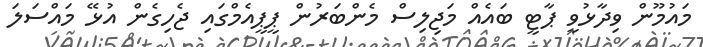
މައުމޫން ވިދާޅުވީ ޕާޓީ ބައެއް މަޖިލިސް މެންބަރުން ޕީޕީއެމްގައި ޖެހިގެން އުޅޭ މައްސަލަ